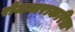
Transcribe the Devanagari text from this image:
रोजगाराकरिता